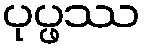
ပုပ္ဖဿ